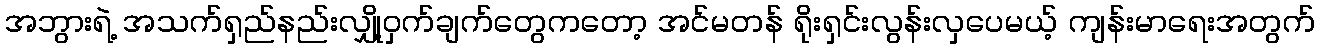
အဘွားရဲ့ အသက်ရှည်နည်းလျှို့ဝှက်ချက်တွေကတော့ အင်မတန် ရိုးရှင်းလွန်းလှပေမယ့် ကျန်းမာရေးအတွက်